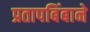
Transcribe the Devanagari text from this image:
प्रतापबिंबाने